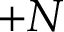
+ N